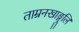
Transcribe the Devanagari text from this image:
ताम्रनखाङ्गुलि